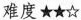
难度★★☆